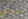
تدريبي